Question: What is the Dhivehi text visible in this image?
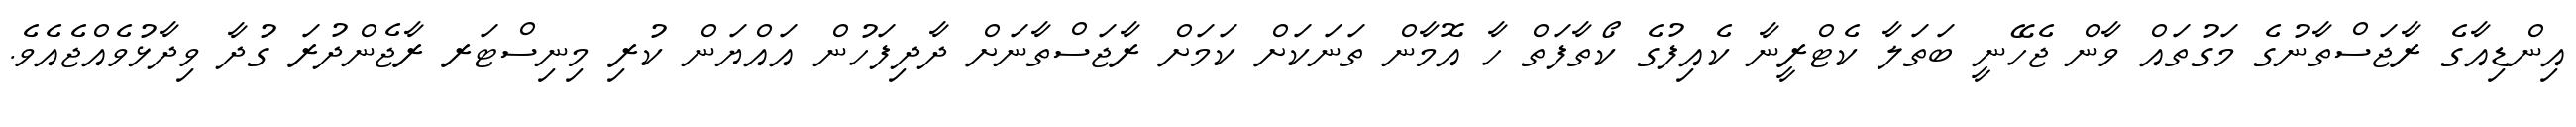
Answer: އިންޑިއާގެ ރާޖަސްތާނުގެ މަގުތައް ވާން ޖެހޭނީ ބަތަލާ ކެޓްރީނާ ކެއިފުގެ ކޯތާފަތް ހާ އޮމާން ތަނަކަށް ކަމަށް ރާޖަސްތާނަށް ދާދިފަހުން އައްޔަން ކުރި މިނިސްޓަރ ރާޖެންދުރަ ގުދާ ވިދާޅުވެއްޖެއެވެ.